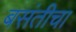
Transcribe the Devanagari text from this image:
बसंतीचा